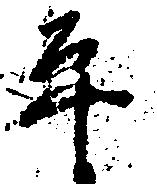
平